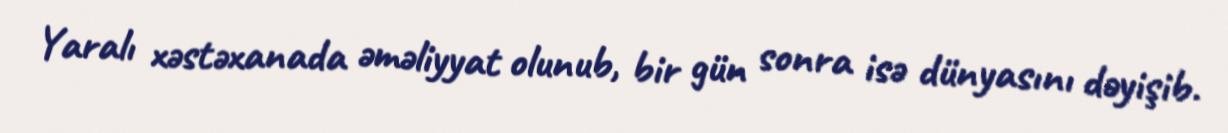
Yaralı xəstəxanada əməliyyat olunub, bir gün sonra isə dünyasını dəyişib.